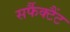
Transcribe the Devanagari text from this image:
सर्फैक्टैंट